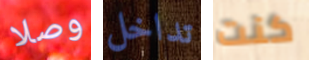
وصلا تداخل كنت